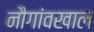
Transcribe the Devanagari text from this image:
नौगांवखाल